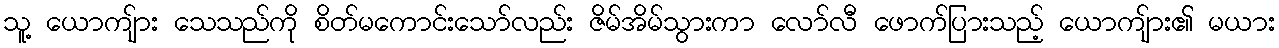
သူ့ ယောကျ်ား သေသည်ကို စိတ်မကောင်းသော်လည်း ဇိမ်အိမ်သွားကာ လော်လီ ဖောက်ပြားသည့် ယောကျ်ား၏ မယား